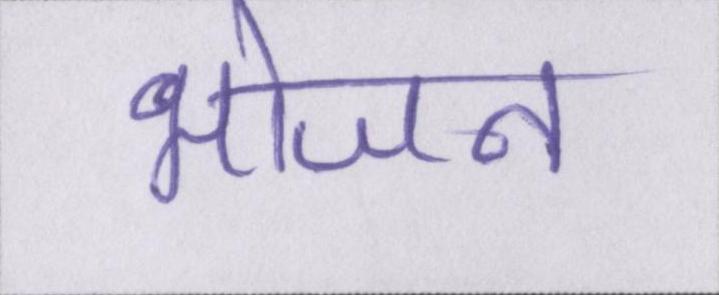
भोजन